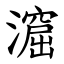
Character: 㵠